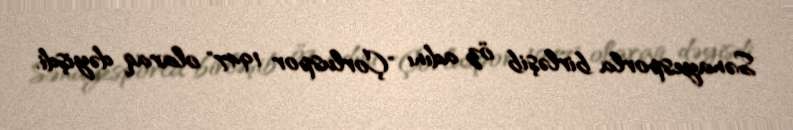
Sənayesporla birləşib öz adını "Çorluspor 1947" olaraq dəyişdi.